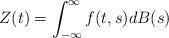
LaTeX: \begin{align*}Z(t) = \int^{\infty}_{- \infty} f(t,s) dB(s)\end{align*}